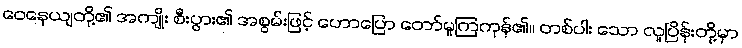
ဝေနေယျတို့၏ အကျိုး စီးပွား၏ အစွမ်းဖြင့် ဟောပြော တော်မူကြကုန်၏။ တစ်ပါး သော လူပြိန်းတို့မှာ